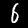
Label: 6